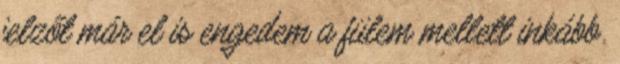
jelzőt már el is engedem a fülem mellett inkább.